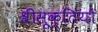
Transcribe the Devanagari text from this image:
श्रीसूक्तियों